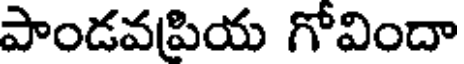
పాండవపియ గోవిందా